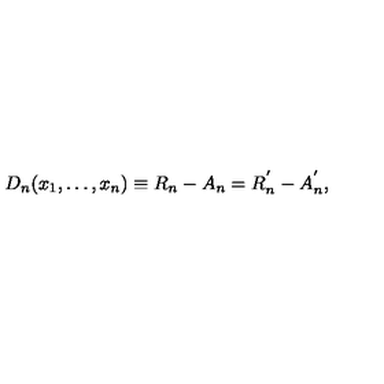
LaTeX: D _ { n } ( x _ { 1 } , \ldots , x _ { n } ) \equiv R _ { n } - A _ { n } = R _ { n } ^ { ^ { \prime } } - A _ { n } ^ { ^ { \prime } } ,